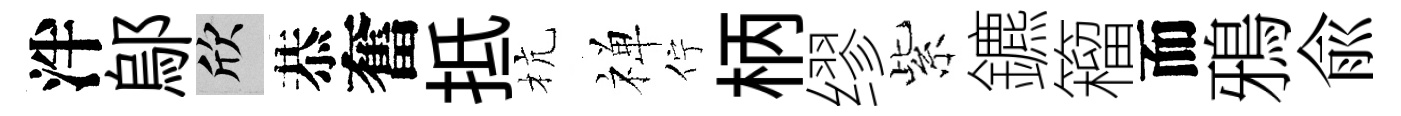
泮鄔欣恭奮抵杭禅佇柄缪紫鑣籕而鴉兪